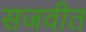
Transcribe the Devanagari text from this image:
सजवीत